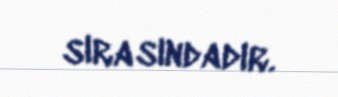
sırasındadır.